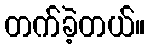
တက်ခဲ့တယ်။